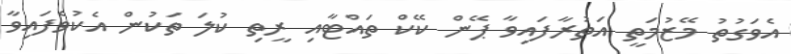
އެވަގުތު މޭޒުމަތީ އަތުރާފައިވާ ޕޭން ކޭކް ތައްޓާއި ރީތި ކުލަ ތަކުން އެކުވެފައިވާ